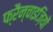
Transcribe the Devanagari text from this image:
फ्रैन्चाइज़ियों